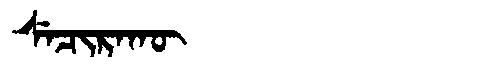
Manchu: ᠰᡝᠴᡳᡵᠠᡴᡡ
Romanization: SECIRAKŪ